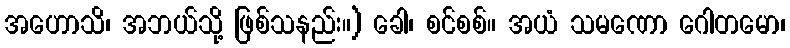
အဟောသိ၊ အဘယ်သို့ ဖြစ်သနည်း။) ခေါ၊ စင်စစ်။ အယံ သမဏော ဂေါတမော၊